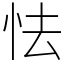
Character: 怯